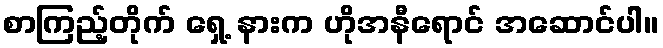
စာကြည့်တိုက် ရှေ့ နားက ဟိုအနီရောင် အဆောင်ပါ။